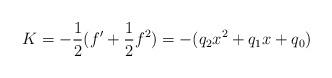
LaTeX: \begin{align*}K=-\frac{1}{2}(f'+\frac{1}{2}f^2)=-(q_2 x^2+q_1 x+q_0)\end{align*}